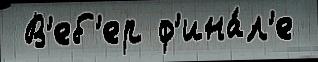
 В'еб'ер ф'ина́л'е